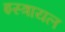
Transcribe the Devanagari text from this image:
इस्त्रायल